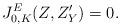
LaTeX: \begin{align*}J_{0, K}^E(Z, Z'_Y) = 0.\end{align*}